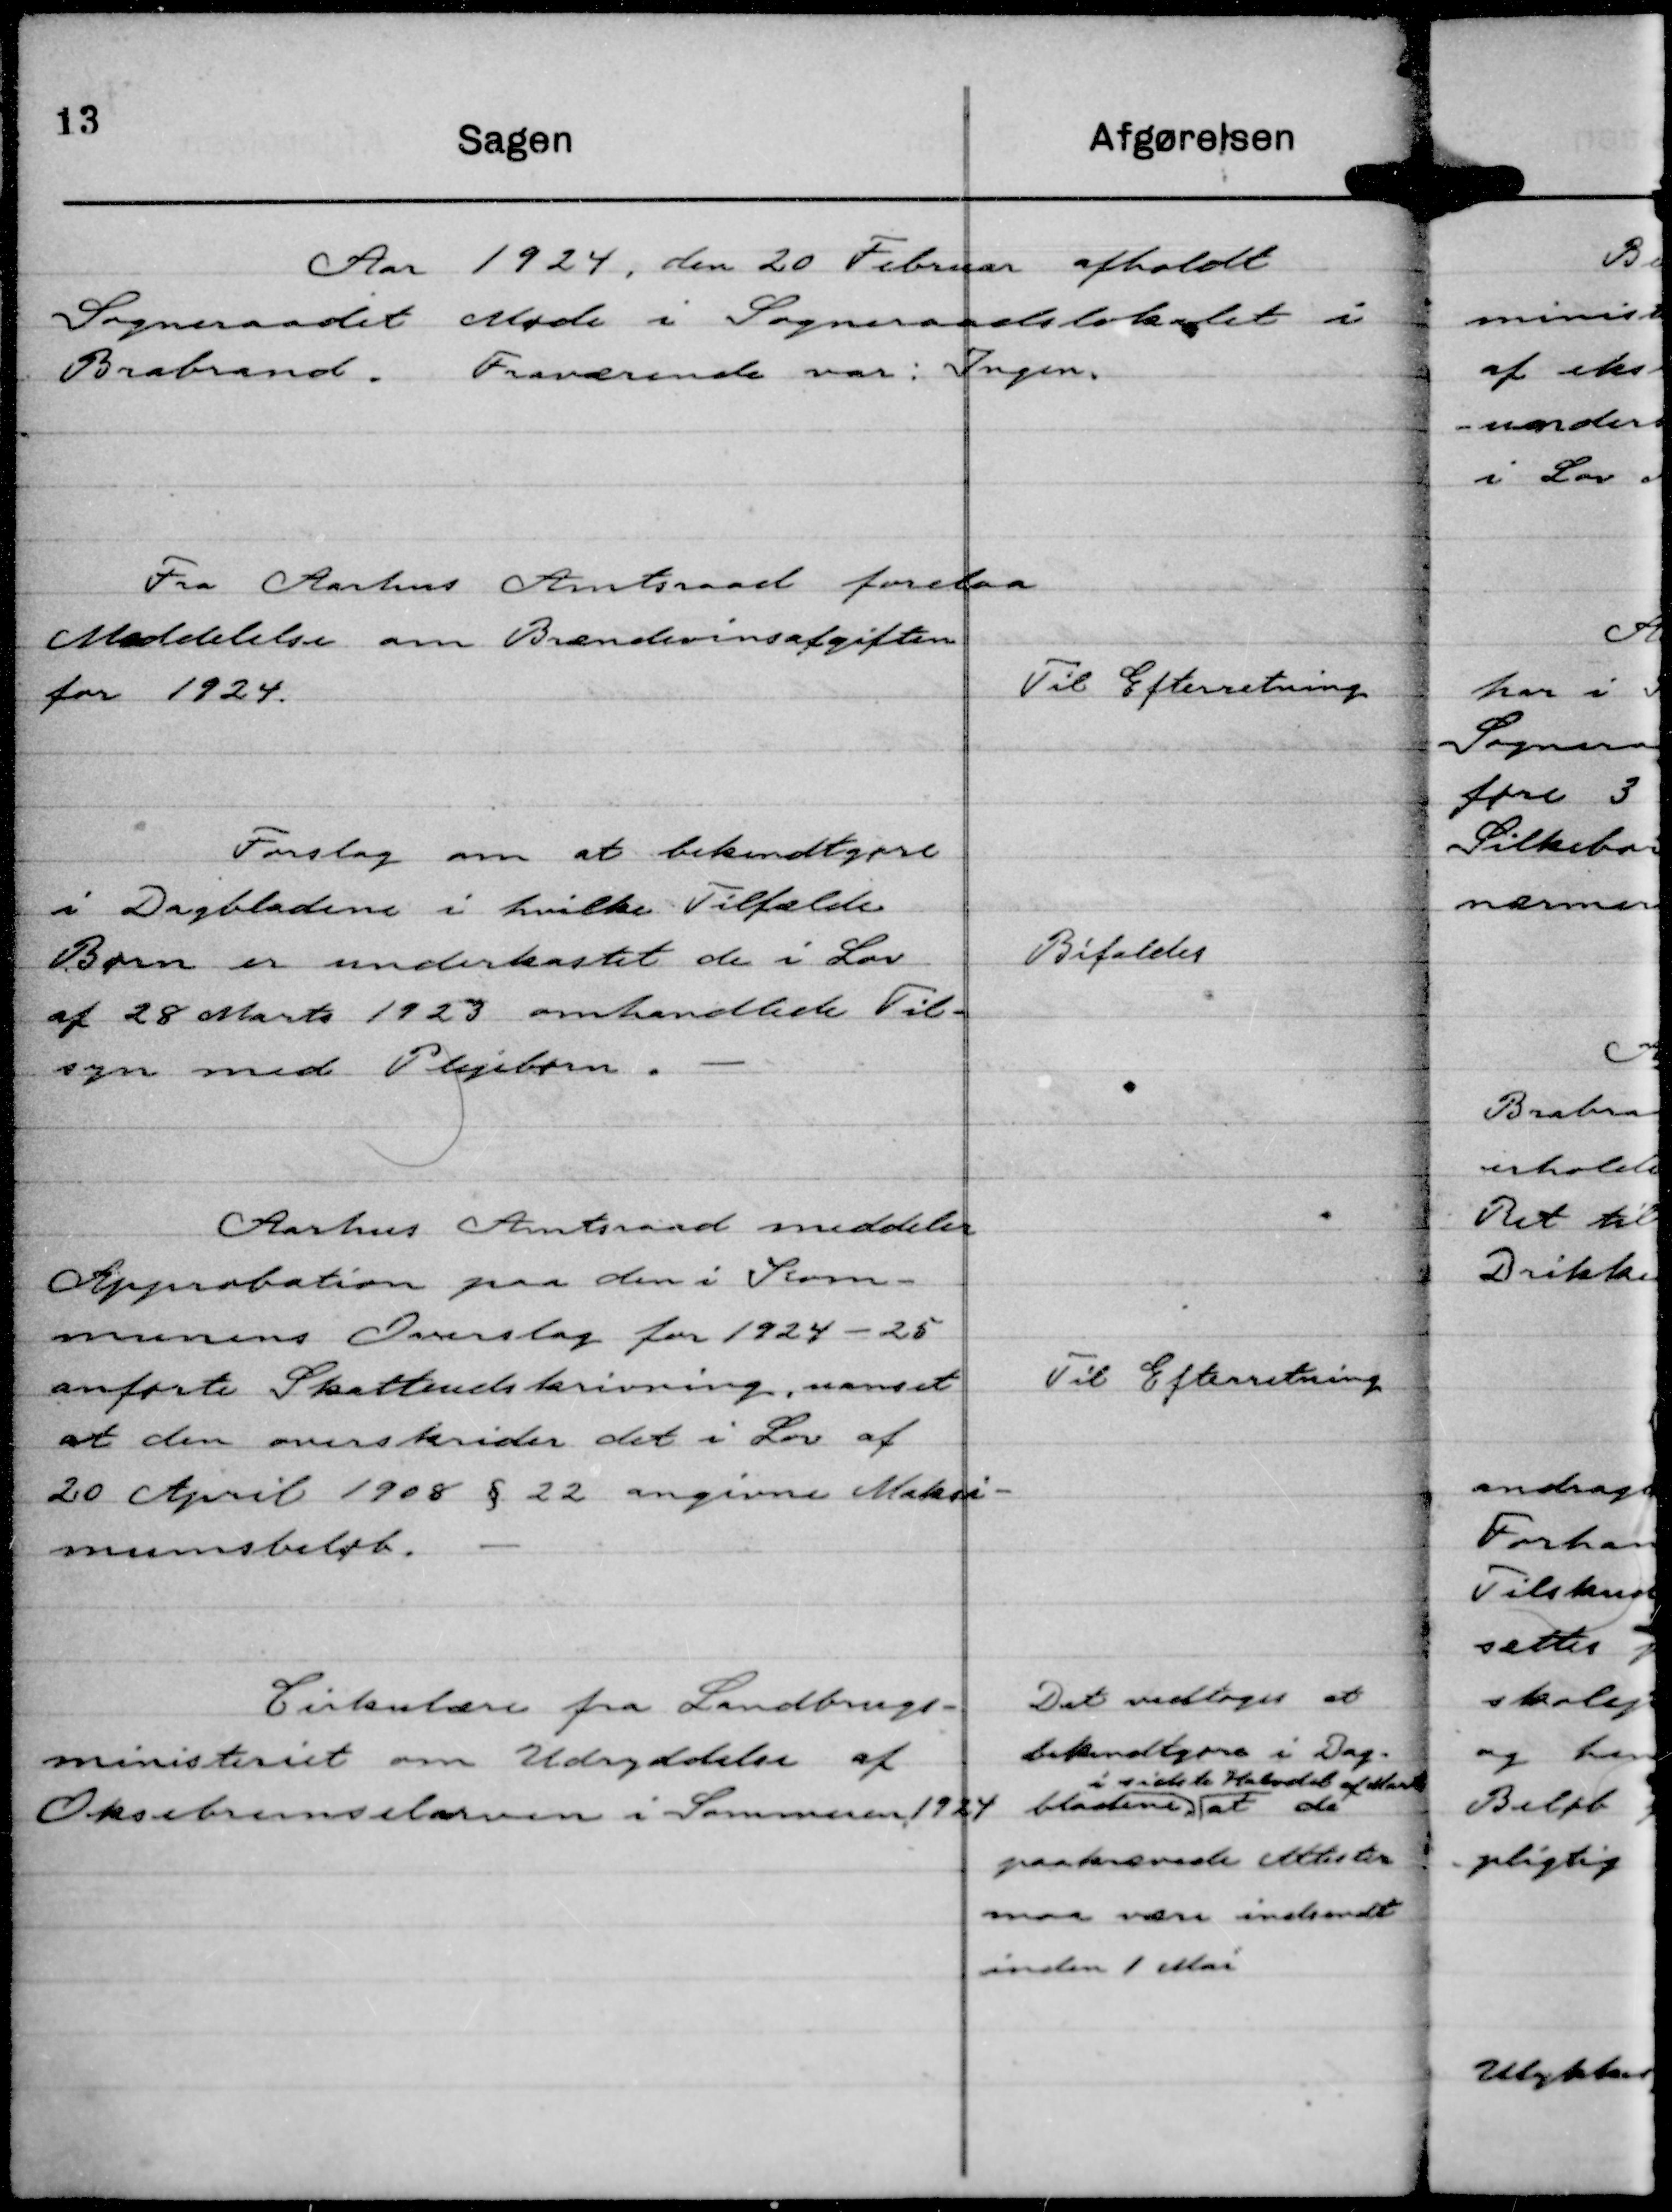
Transskription:
Aar 1924, den 20 Februar afholdt
Sogneraadet Møde i Sogneraadslokalet i
Brabrand. Fraværende var: Ingen.

Fra Aarhus Amtsraad forelaa
Meddelelse om Brændevinsafgiften
for 1924.

Til Efterretning

Forslag om at bekendtgøre
i Dagbladene i hvilke Tilfælde
Børn er underkastet de i Lov
af 28 Marts 1923 omhandlede Til-
syn med Plejebørn.

Bifaldes.

Aarhus Amtsraad meddeler
Approbation paa den i Kom-
munens Overslag for 1924 - 25
anførte Skatteudskrivning, uanset
at den overskrider det i Lov af
20 April 1908 § 22 angivne Maksi-
munsbeløb.

Til Efterretning

Cirkulære fra Landbrugs-
ministeriet om Udryddelse af
Oksebremselarven i Sommeren 1924

Det vedtoges at
bekendtgøre i Dag-
bladene,
i sidste Halvdel af Marts
at de
paakrævede Attester
maa være indsendt
inden 1 Mai